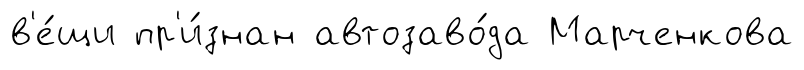
в'е́щи пр'и́знан автозаво́да Марченкова